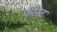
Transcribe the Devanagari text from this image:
फौस्ट